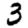
Digit: 3